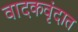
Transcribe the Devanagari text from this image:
वादकवृंदात